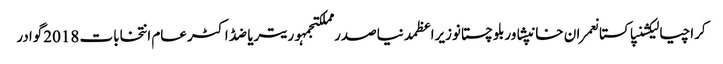
کراچیالیکشنپاکستانعمران خانپشاوربلوچستانوزیراعظمدنیاصدر مملکتجمہوریتریاضڈاکٹرعام انتخابات 2018گوادر